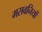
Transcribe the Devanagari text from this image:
मसवनियों